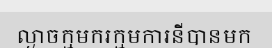
ល្ងាចក្មមករក្មមការនីបានមក